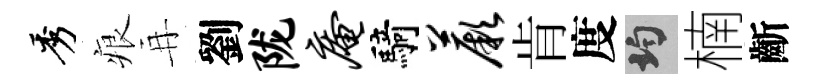
秀痕再劉陇庵騎蕨肯度均楠齗